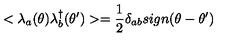
< \lambda _ { a } ( \theta ) \lambda _ { b } ^ { \dag } ( \theta ^ { \prime } ) > = \frac { 1 } { 2 } \delta _ { a b } s i g n ( \theta - \theta ^ { \prime } )